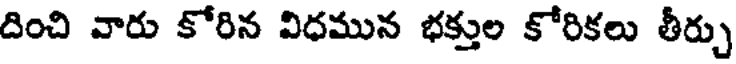
దించి వారు కోరిన విధమున భక్తుల కోరికలు తీర్చు